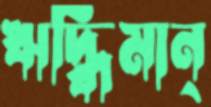
ঋদ্ধিমান্‌